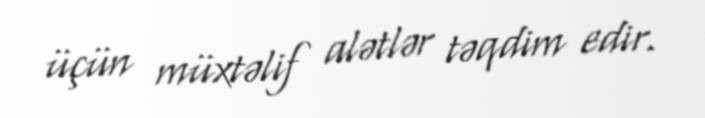
üçün müxtəlif alətlər təqdim edir.